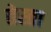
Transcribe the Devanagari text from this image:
तेस्ता